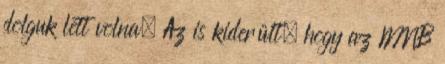
dolguk lett volna. Az is kiderült, hogy az MNB